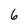
Character: 6